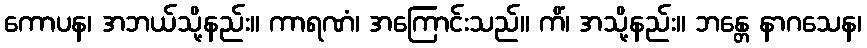
ကောပန၊ အဘယ်သို့နည်း။ ကာရဏံ၊ အကြောင်းသည်။ ကိံ၊ အသို့နည်း။ ဘန္တေ နာဂသေန၊